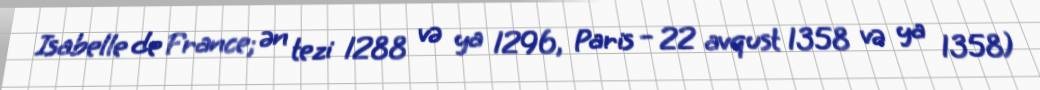
Isabelle de France; ən tezi 1288 və ya 1296, Paris – 22 avqust 1358 və ya 1358)